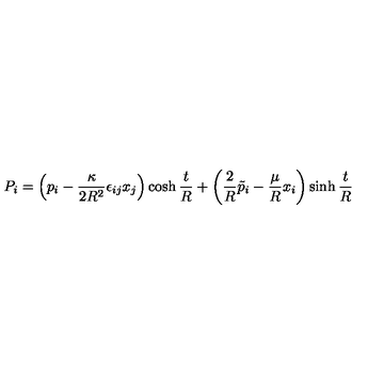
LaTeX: P _ { i } = \left( p _ { i } - \frac { \kappa } { 2 R ^ { 2 } } \epsilon _ { i j } x _ { j } \right) \cosh \frac { t } { R } + \left( \frac { 2 } { R } \tilde { p } _ { i } - \frac { \mu } { R } x _ { i } \right) \sinh \frac { t } { R }